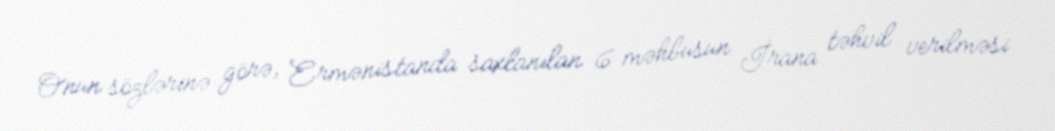
Onun sözlərinə görə, Ermənistanda saxlanılan 6 məhbusun İrana təhvil verilməsi